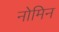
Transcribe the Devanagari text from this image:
नोमिन